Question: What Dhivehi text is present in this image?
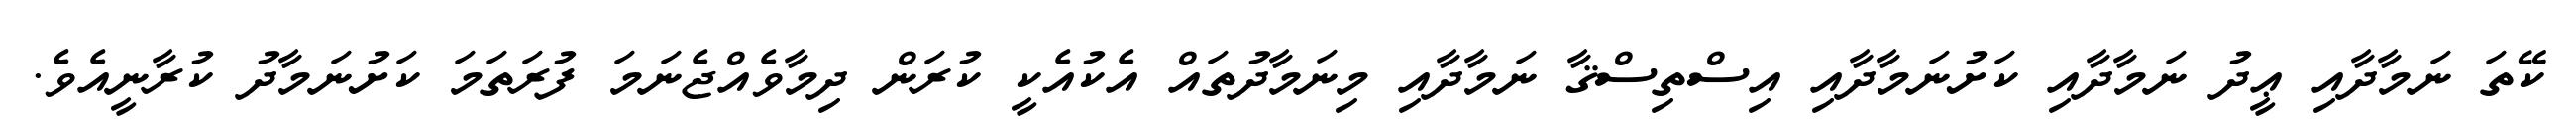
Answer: ކޭތަ ނަމާދާއި ޢީދު ނަމާދާއި ކަށުނަމާދާއި އިސްތިސްޤާ ނަމާދާއި މިނަމާދުތައް އެކުއެކީ ކުރަން ދިމާވެއްޖެނަމަ ފުރަތަމަ ކަށުނަމާދު ކުރާނީއެވެ.